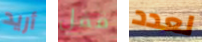
أريد قفل لعدد